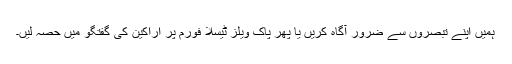
ہمیں اپنے تبصروں سے ضرور آگاہ کریں یا پھر پاک ویلز ٹیسلا فورم پر اراکین کی گفتگو میں حصہ لیں۔